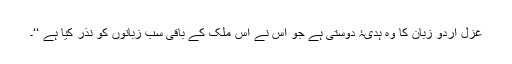
غزل اردو زبان کا وہ ہدیۂ دوستی ہے جو اس نے اس ملک کے باقی سب زبانوں کو نذر کیا ہے ‘‘۔